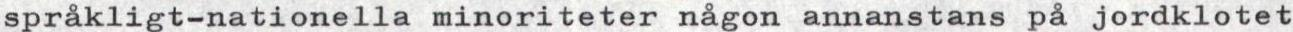
språkligt-nationella minoriteter någon annanstans på jordklotet